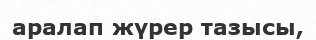
аралап жүрер тазысы,